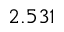
2 . 5 3 1